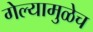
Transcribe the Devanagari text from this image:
गेल्यामुळेच